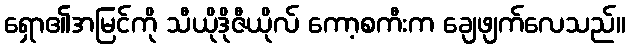
ရှော၏အမြင်ကို သီယိုဒိုဇီယိုလ် ကော့စကီးက ချေဖျက်လေသည်။